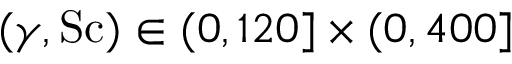
( \gamma , \mathrm { S c } ) \in ( 0 , 1 2 0 ] \times ( 0 , 4 0 0 ]